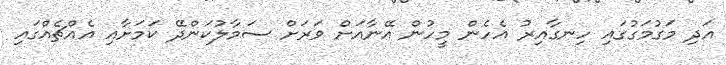
އަދި މަގުމަގުގައި ހިނގާއިރު އެހެން މީހުން އޭނާއަށް ވަރަށް ސަމާލުކަންދޭ ކަމަށާއި އެއްޗެއްގައި